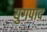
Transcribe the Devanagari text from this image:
युगपाद